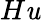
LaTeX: H\mathit{u}